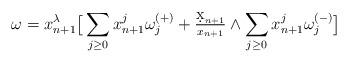
LaTeX: \begin{align*} \omega=x_{n+1}^\lambda\big[\sum_{j\geq 0}x_{n+1}^j \omega^{(+)}_j +\tfrac{\d x_{n+1}}{x_{n+1}}\wedge\sum_{j\geq 0}x_{n+1}^j\omega^{(-)}_j \big] \end{align*}